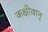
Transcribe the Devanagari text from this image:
कक्षीवान्‌